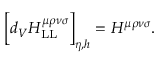
\Big [ d _ { V } H _ { \mathrm { L L } } ^ { \mu \rho \nu \sigma } \Big ] _ { \eta , h } = H ^ { \mu \rho \nu \sigma } .